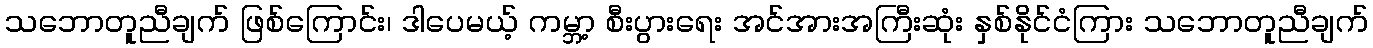
သဘောတူညီချက် ဖြစ်ကြောင်း၊ ဒါပေမယ့် ကမ္ဘာ့ စီးပွားရေး အင်အားအကြီးဆုံး နှစ်နိုင်ငံကြား သဘောတူညီချက်